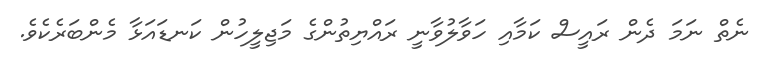
ނެތް ނަމަ ދެން ރައީސް ކަމާއި ހަވާލުވާނީ ރައްޔިތުންގެ މަޖިލީހުން ކަނޑައަޅާ މެންބަރެކެވެ.